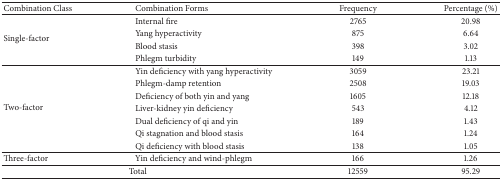
<table><thead><tr><td><b>Combination Class</b></td><td><b>Combination Forms</b></td><td><b>Frequency</b></td><td><b>Percentage (%)</b></td></tr></thead><tbody><tr><td rowspan="4">Single-factor</td><td>Internal fire</td><td>2765</td><td>20.98</td></tr><tr><td>Yang hyperactivity</td><td>875</td><td>6.64</td></tr><tr><td>Blood stasis</td><td>398</td><td>3.02</td></tr><tr><td>Phlegm turbidity</td><td>149</td><td>1.13</td></tr><tr><td rowspan="7">Two-factor</td><td>Yin deficiency with yang hyperactivity</td><td>3059</td><td>23.21</td></tr><tr><td>Phlegm-damp retention</td><td>2508</td><td>19.03</td></tr><tr><td>Deficiency of both yin and yang</td><td>1605</td><td>12.18</td></tr><tr><td>Liver-kidney yin deficiency</td><td>543</td><td>4.12</td></tr><tr><td>Dual deficiency of qi and yin</td><td>189</td><td>1.43</td></tr><tr><td>Qi stagnation and blood stasis</td><td>164</td><td>1.24</td></tr><tr><td>Qi deficiency with blood stasis</td><td>138</td><td>1.05</td></tr><tr><td>Three-factor</td><td>Yin deficiency and wind-phlegm</td><td>166</td><td>1.26</td></tr><tr><td colspan="2">Total</td><td>12559</td><td>95.29</td></tr></tbody></table>